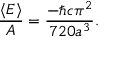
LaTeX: { \frac { \langle E \rangle } { A } } = { \frac { - \hbar c \pi ^ { 2 } } { 7 2 0 a ^ { 3 } } } .